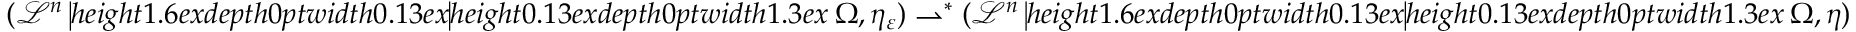
( \mathcal { L } ^ { n } \mathbin { \vrule h e i g h t 1 . 6 e x d e p t h 0 p t w i d t h 0 . 1 3 e x \vrule h e i g h t 0 . 1 3 e x d e p t h 0 p t w i d t h 1 . 3 e x } \Omega , \eta _ { \varepsilon } ) \rightharpoonup ^ { * } ( \mathcal { L } ^ { n } \mathbin { \vrule h e i g h t 1 . 6 e x d e p t h 0 p t w i d t h 0 . 1 3 e x \vrule h e i g h t 0 . 1 3 e x d e p t h 0 p t w i d t h 1 . 3 e x } \Omega , \eta )